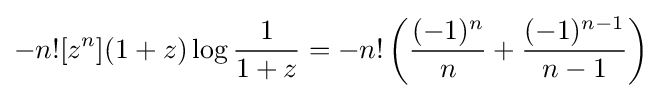
-n![z^{n}](1+z)\log {\frac {1}{1+z}}=-n!\left({\frac {(-1)^{n}}{n}}+{\frac {(-1)^{n-1}}{n-1}}\right)